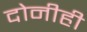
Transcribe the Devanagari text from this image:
दोनीही